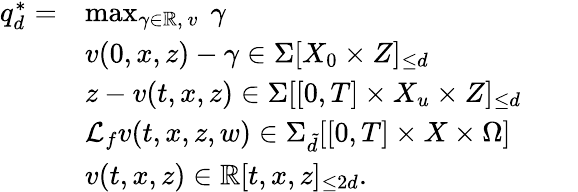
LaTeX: \begin{array}{rlrl}{q_{d}^{*}=}&{\operatorname*{max}_{\gamma\in\mathbb{R},\ v}\ \gamma}&&{}\\ &{v(0,x,z)-\gamma\in\Sigma[X_{0}\times Z]_{\leq d}}\\ &{z-v(t,x,z)\in\Sigma[[0,T]\times X_{u}\times Z]_{\leq d}}\\ &{\mathcal{L}_{f}v(t,x,z,w)\in\Sigma_{\tilde{d}}[[0,T]\times X\times\Omega]}\\ &{v(t,x,z)\in\mathbb{R}[t,x,z]_{\leq 2d}.}&&{}\end{array}